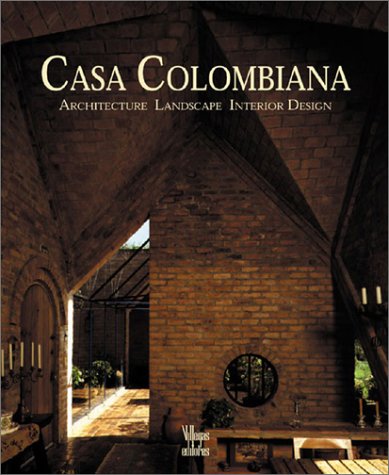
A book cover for Casa Colombiana; Benjamin Villegas; Arts & Photography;